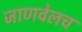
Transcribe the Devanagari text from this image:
जाणवेलच